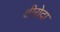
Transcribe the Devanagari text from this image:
क्षीरोदा